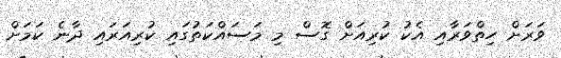
ވަރަށް ހިތްވަރާއި އެކު ކުރިއަށް ގޮސް މި މަސައްކަތުގައި ކުރިއަރައި ދާނެ ކަމަށް